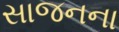
સાજનના